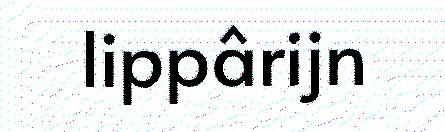
lippârijn